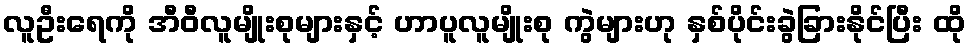
လူဦးရေကို အီဝီလူမျိုးစုများနှင့် ဟာပူလူမျိုးစု ကွဲများဟု နှစ်ပိုင်းခွဲခြားနိုင်ပြီး ထို